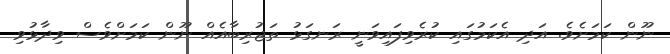
ނޫން ކަމަށެވެ. އަދި އެކަމުގައި ކުރެވިފައިވަނީ ރަނގަޅު ތަޖުރިބާއެއް ނޫން ކަމަށްވެސް ވިދާޅުވި